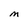
Character: M